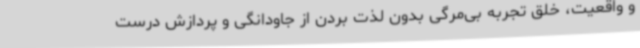
و واقعیت، خلق تجربه‌ بی‌مرگی بدون لذت بردن از جاودانگی و پردازش درست